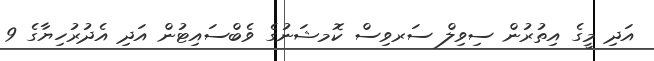
އަދި މީގެ އިތުރުން ސިވިލް ސަރވިސް ކޮމޝަނުގެ ވެބްސައިޓުން އަދި އެދުރުހިޔާގެ 9